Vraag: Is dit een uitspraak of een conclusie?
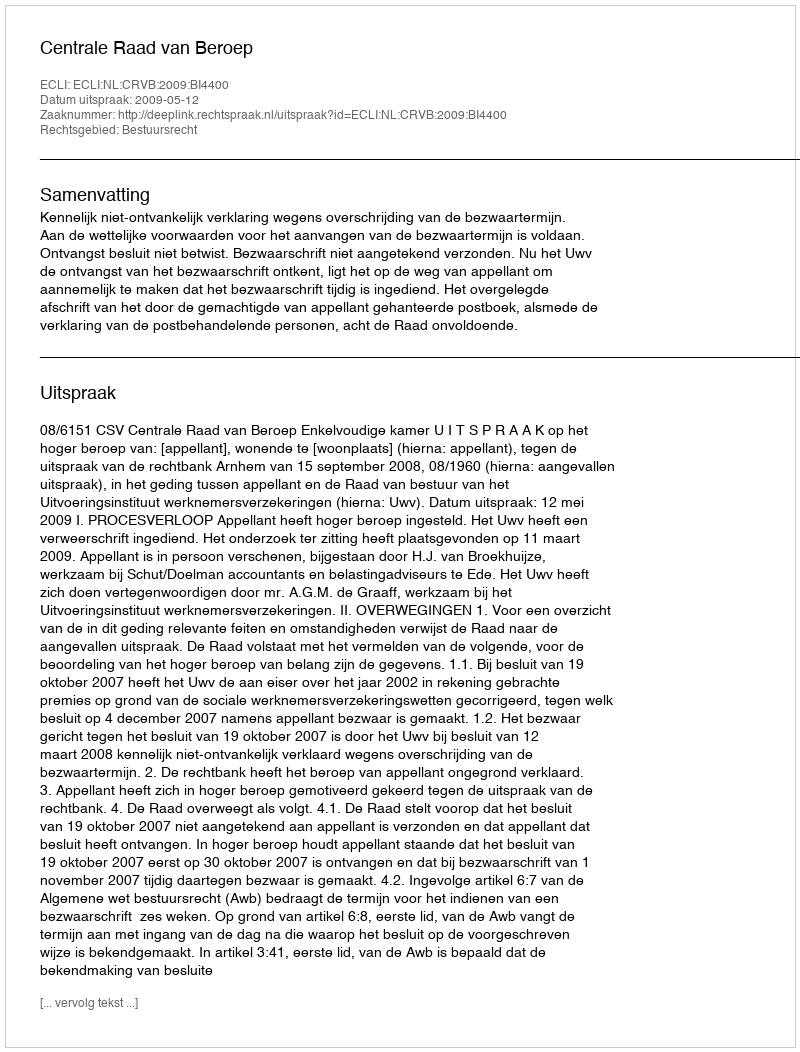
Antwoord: Uitspraak